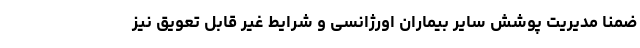
ضمناً مدیریت پوشش سایر بیماران اورژانسی و شرایط غیر قابل تعویق نیز